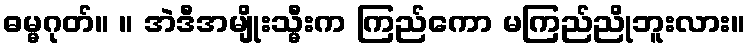
ဓမ္မဂုတ်။ ။ အဲဒီအမျိုးသ္မီးက ကြည်ကော မကြည်ညိုဘူးလား။